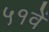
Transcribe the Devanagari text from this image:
५१वें